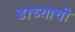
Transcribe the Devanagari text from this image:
ढाच्याची